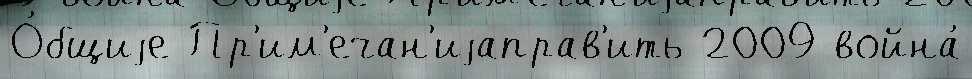
О́бщиjе Пр'им'ечан'иjаправ'ить 2009 война́